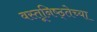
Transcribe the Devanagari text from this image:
वस्तूनिष्ठ्तेच्या